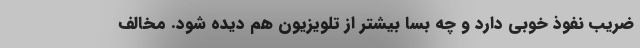
ضریب نفوذ خوبی دارد و چه بسا بیشتر از تلویزیون هم دیده شود. مخالف